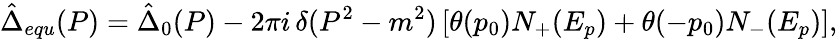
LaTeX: \hat{\Delta}_{equ}(P)=\hat{\Delta}_{0}(P)-2\pi i\, \delta(P^{2}-m^{2})\left[\theta(p_{0})N_{+}(E_{p})+\theta(-p_{0})N_{-}(E_{p})\right],